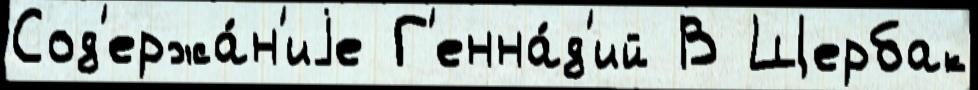
Сод'ержа́н'иjе Г'енна́д'ий В Щербак